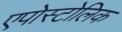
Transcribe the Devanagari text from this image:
एपोस्टोलिक